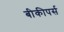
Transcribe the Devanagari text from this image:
बीकीपर्स